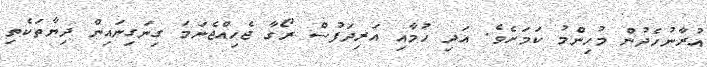
އުރާނުހެދުން މުހިންމު ކަމަށެވެ. އަދި ހުމާއި އަރިދަފުސް ރޯގާ ޖެހިއްޖެނަމަ ގިނަގިނައިން ދިޔާތަކެތި